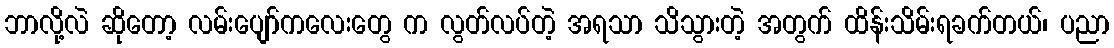
ဘာလို့လဲ ဆိုတော့ လမ်းပျော်ကလေးတွေ က လွတ်လပ်တဲ့ အရသာ သိသွားတဲ့ အတွက် ထိန်းသိမ်းရခက်တယ်၊ ပညာ